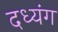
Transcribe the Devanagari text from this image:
दध्यंग